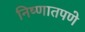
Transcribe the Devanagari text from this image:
निष्णातपणे